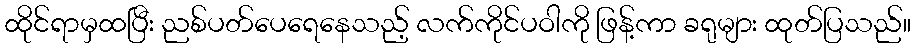
ထိုင်ရာမှထပြီး ညစ်ပတ်ပေရေနေသည့် လက်ကိုင်ပဝါကို ဖြန့်ကာ ခရုများ ထုတ်ပြသည်။